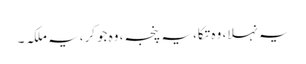
یہ نہلا، وہ تکا، یہ پنجہ، وہ جوکر، یہ ملکہ ۔